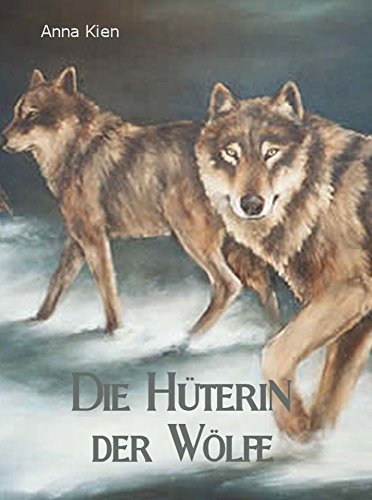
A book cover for Die HÃ¼terin der WÃ¶lfe (Die Steinzeit-Trilogie 1) (German Edition); Anna Kien; Teen & Young Adult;